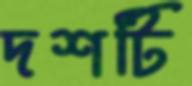
দশটি